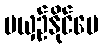
မယှဉ်နိုင်ပေ